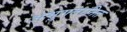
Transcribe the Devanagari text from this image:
अभुगतानित